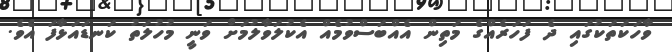
ވާހަކަތަކުގައި ދެ ފަހަރެއްގެ މަތިން އެއްބަސްވުމެއް އެކުލަވާލުމަށް ވަނީ މުހުލަތު ކަނޑައަޅާފަ އެވެ.